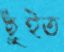
ছুঁইত